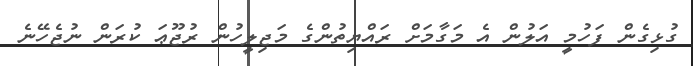
ގުޅިގެން ފަހުމީ އަލުން އެ މަގާމަށް ރައްޔިތުންގެ މަޖިލީހުން ރުޖޫޢަ ކުރަން ނުޖެހޭނެ